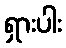
ရှားပါး